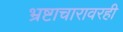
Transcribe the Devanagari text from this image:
भ्रष्टाचारावरही